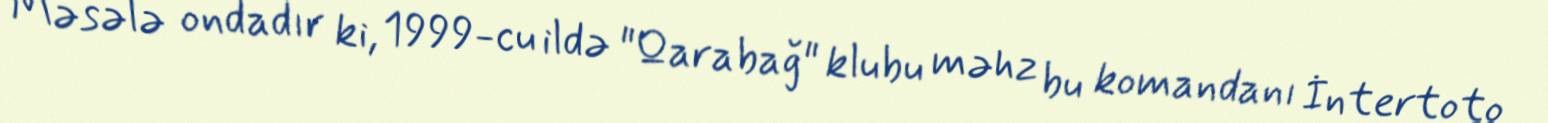
Məsələ ondadır ki, 1999-cu ildə "Qarabağ" klubu məhz bu komandanı İntertoto